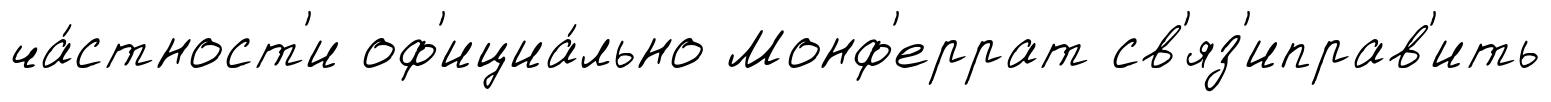
ча́стност'и оф'ициа́льно Монф'еррат св'яз'иправ'ить